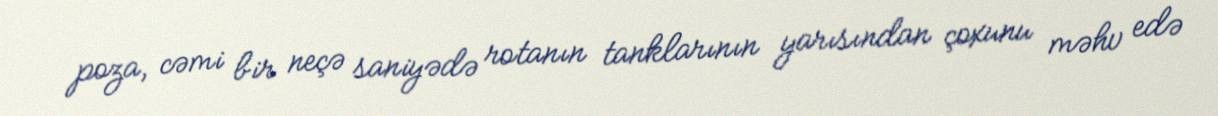
poza, cəmi bir neçə saniyədə rotanın tanklarının yarısından çoxunu məhv edə